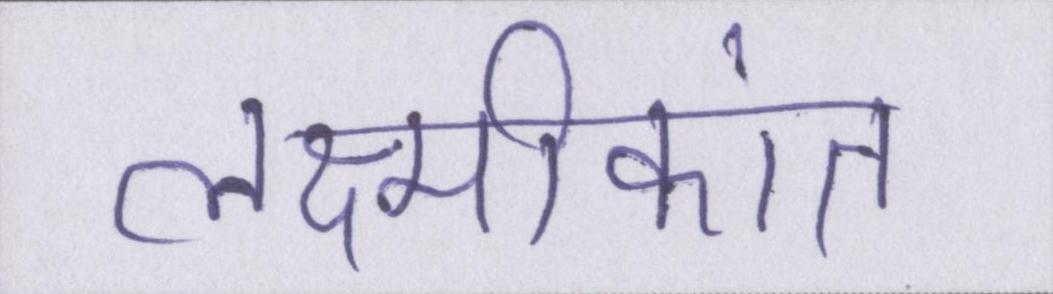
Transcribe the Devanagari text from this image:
लक्ष्मीकांत